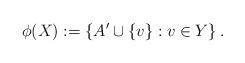
LaTeX: \begin{align*}\phi(X):=\left\{ A'\cup \{v\}:v\in Y\right\}. \end{align*}